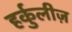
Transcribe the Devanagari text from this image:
हर्कुलीज़